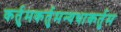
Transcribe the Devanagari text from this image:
कर्तुमकर्तुमन्यथाकर्तुम